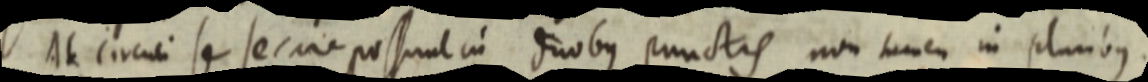
Ut circuli se secare possunt in duobus punctis non tamen in pluribus.